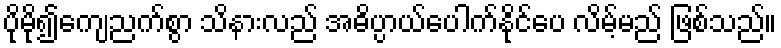
ပိုမို၍ကျေညက်စွာ သိနားလည် အဓိပ္ပာယ်ပေါက်နိုင်ပေ လိမ့်မည် ဖြစ်သည်။